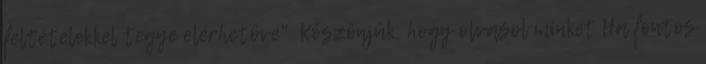
feltételekkel tegye elérhetővé". Köszönjük, hogy olvasol minket Ha fontos